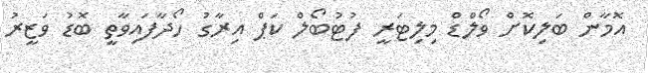
އޮމާން ބަލިކޮށް ވޯލްޑް މިލިޓަރީ ފުޓުބޯލް ކަޕް އިރާގު ހޯދާފައިވާތީ ބޮޑު ވަޒީރު